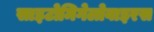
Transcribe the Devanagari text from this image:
साइटोमिगेलोवाइरस